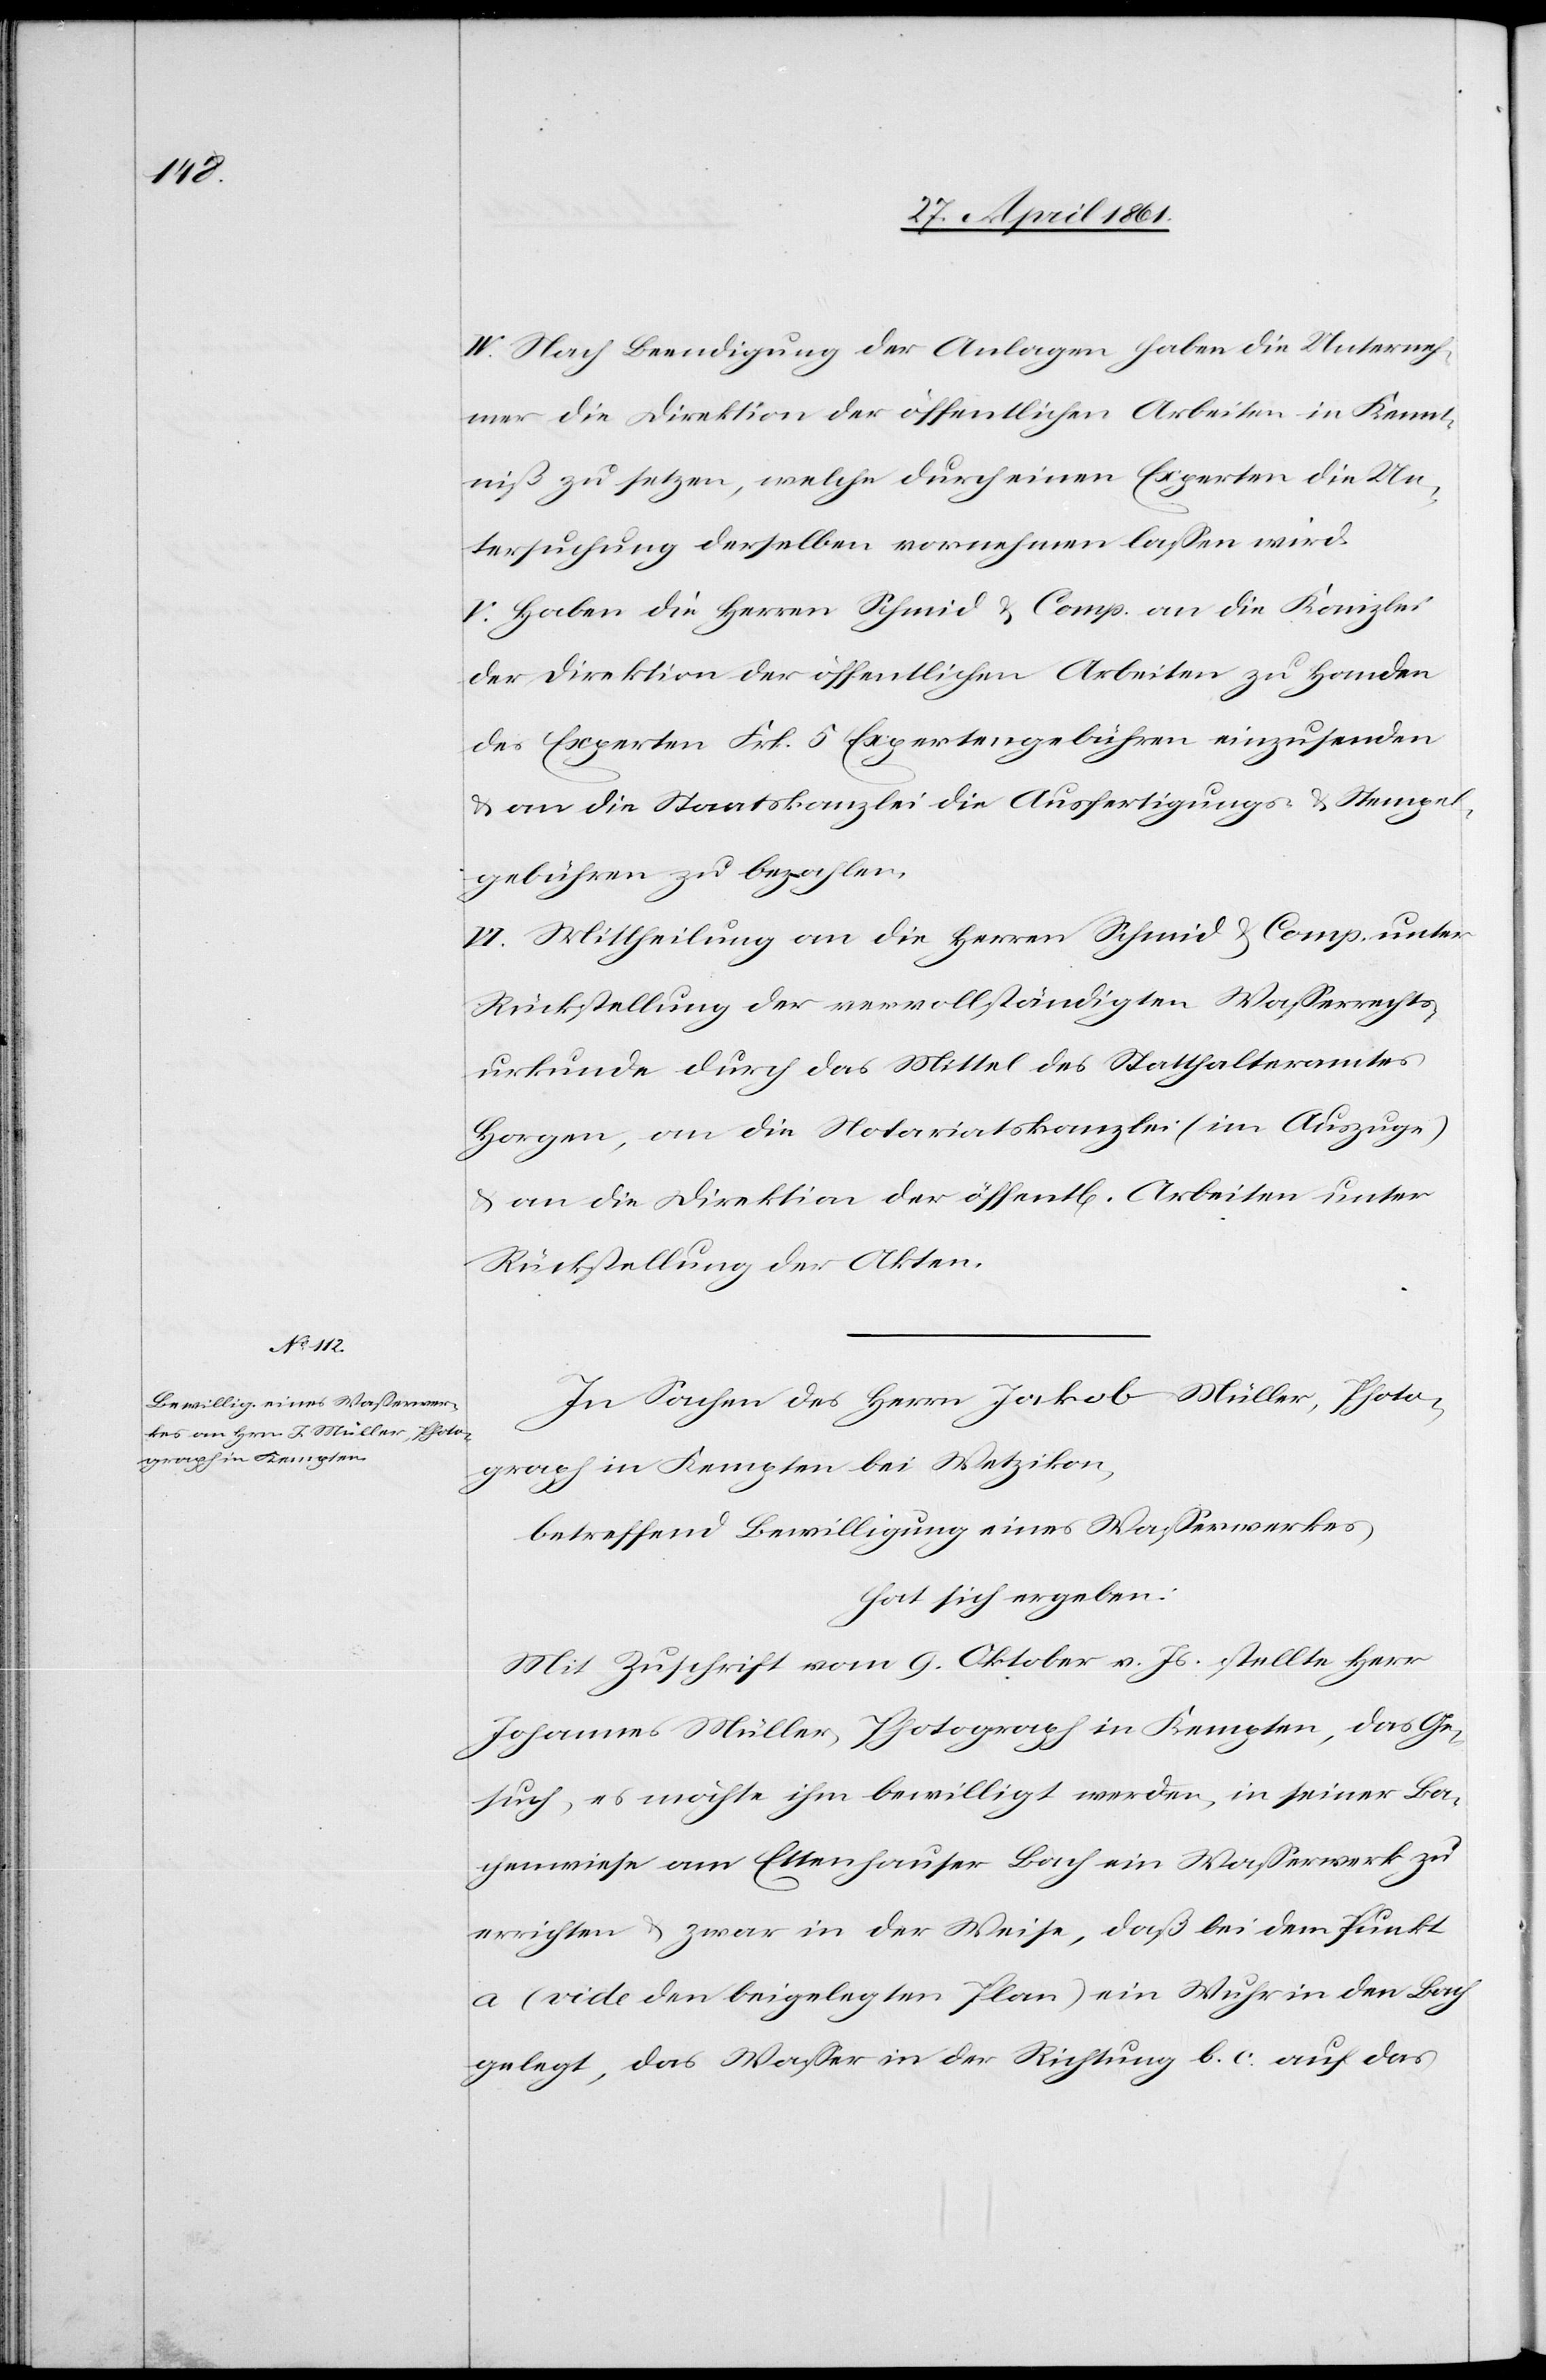
VI. Nach Beendigung der Anlagen haben die Unterneh¬
mer die Direktion der öffentlichen Arbeiten in Kennt¬
niß zu setzen, welche durch einen Experten die Un¬
tersuchung derselben vornehmen lassen wird.
V. Haben die Herren Schmid u. Comp. an die Kanzlei
der Direktion der öffentlichen Arbeiten zu Handen
des Experten Frk. 5 Expertengebühren einzusenden
u. an die Staatskanzlei die Ausfertigungs- u. Stempel¬
gebühren zu bezahlen.
VI. Mittheilung an die Herren Schmid u. Comp. unter
Rückstellung der vervollständigten Wasserrechts¬
urkunde durch das Mittel des Statthalteramtes
Horgen, an die Notariatskanzlei (im Auszuge)
u. an die Direktion der öffentl[ichen] Arbeiten unter
Rückstellung der Akten.
In Sachen des Herrn Jakob Müller, Photo¬
graph in Kempten bei Wetzikon.
betreffen Bewilligung eines Wasserwerkes
hat sich ergeben:
Mit Zuschrift vom 9. Oktober v. Js. stellte Herr
Jakob] Müller, Photograph in Kempten, das Ge¬
such, es möchte ihm bewilligt werden, in seiner Ba¬
chwiese am Ettenhauser Bach ein Wasserwerk zu
errichten u. zwar in der Weise, daß bei dem Punkt
a (vide den beigelegten Plan) ein Wuhr in den Bach
gelegt, das Wasser in der Richtung b c auf das